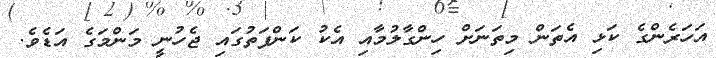
އަހަރެންގެ ކަޅި އެތަން މިތަނަށް ހިންގާލުމާއި އެކު ކަންފަތުގައި ޖެހުނީ މަންމަގެ އަޑެވެ.